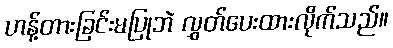
ဟန့်တားခြင်းမပြုဘဲ လွှတ်ပေးထားလိုက်သည်။